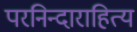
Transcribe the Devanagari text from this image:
परनिन्दाराहित्य